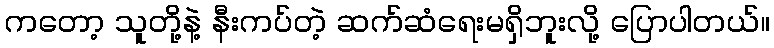
ကတော့ သူတို့နဲ့ နီးကပ်တဲ့ ဆက်ဆံရေးမရှိဘူးလို့ ပြောပါတယ်။